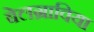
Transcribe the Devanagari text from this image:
बेलग्राविया